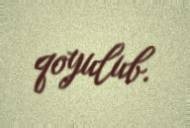
qoyulub.